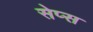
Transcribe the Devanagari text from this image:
सेप्स